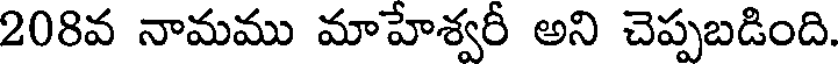
208వ నామము మాహేశ్వరీ అని చెప్పబడింది.